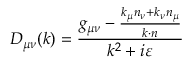
D _ { \mu \nu } ( k ) = \frac { g _ { \mu \nu } - \frac { k _ { \mu } n _ { \nu } + k _ { \nu } n _ { \mu } } { k \cdot n } } { k ^ { 2 } + i \varepsilon }